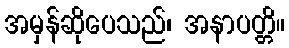
အမှန်ဆိုပေသည်၊ အနာပတ္တိ။